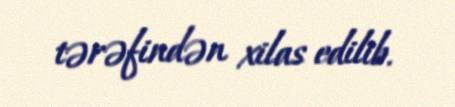
tərəfindən xilas edilib.